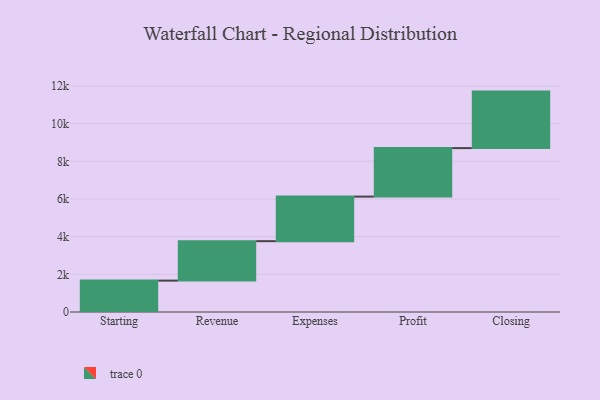
{"axis": {"x": "Step", "y": "Value"}, "legend": [""], "data": [{"x": "Starting", "y": 1667.0, "type": ""}, {"x": "Revenue", "y": 2094.0, "type": ""}, {"x": "Expenses", "y": 2367.0, "type": ""}, {"x": "Profit", "y": 2575.0, "type": ""}, {"x": "Closing", "y": 3000, "type": ""}]}